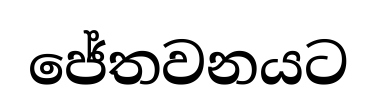
ජේතවනයට